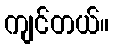
ကျင်တယ်။